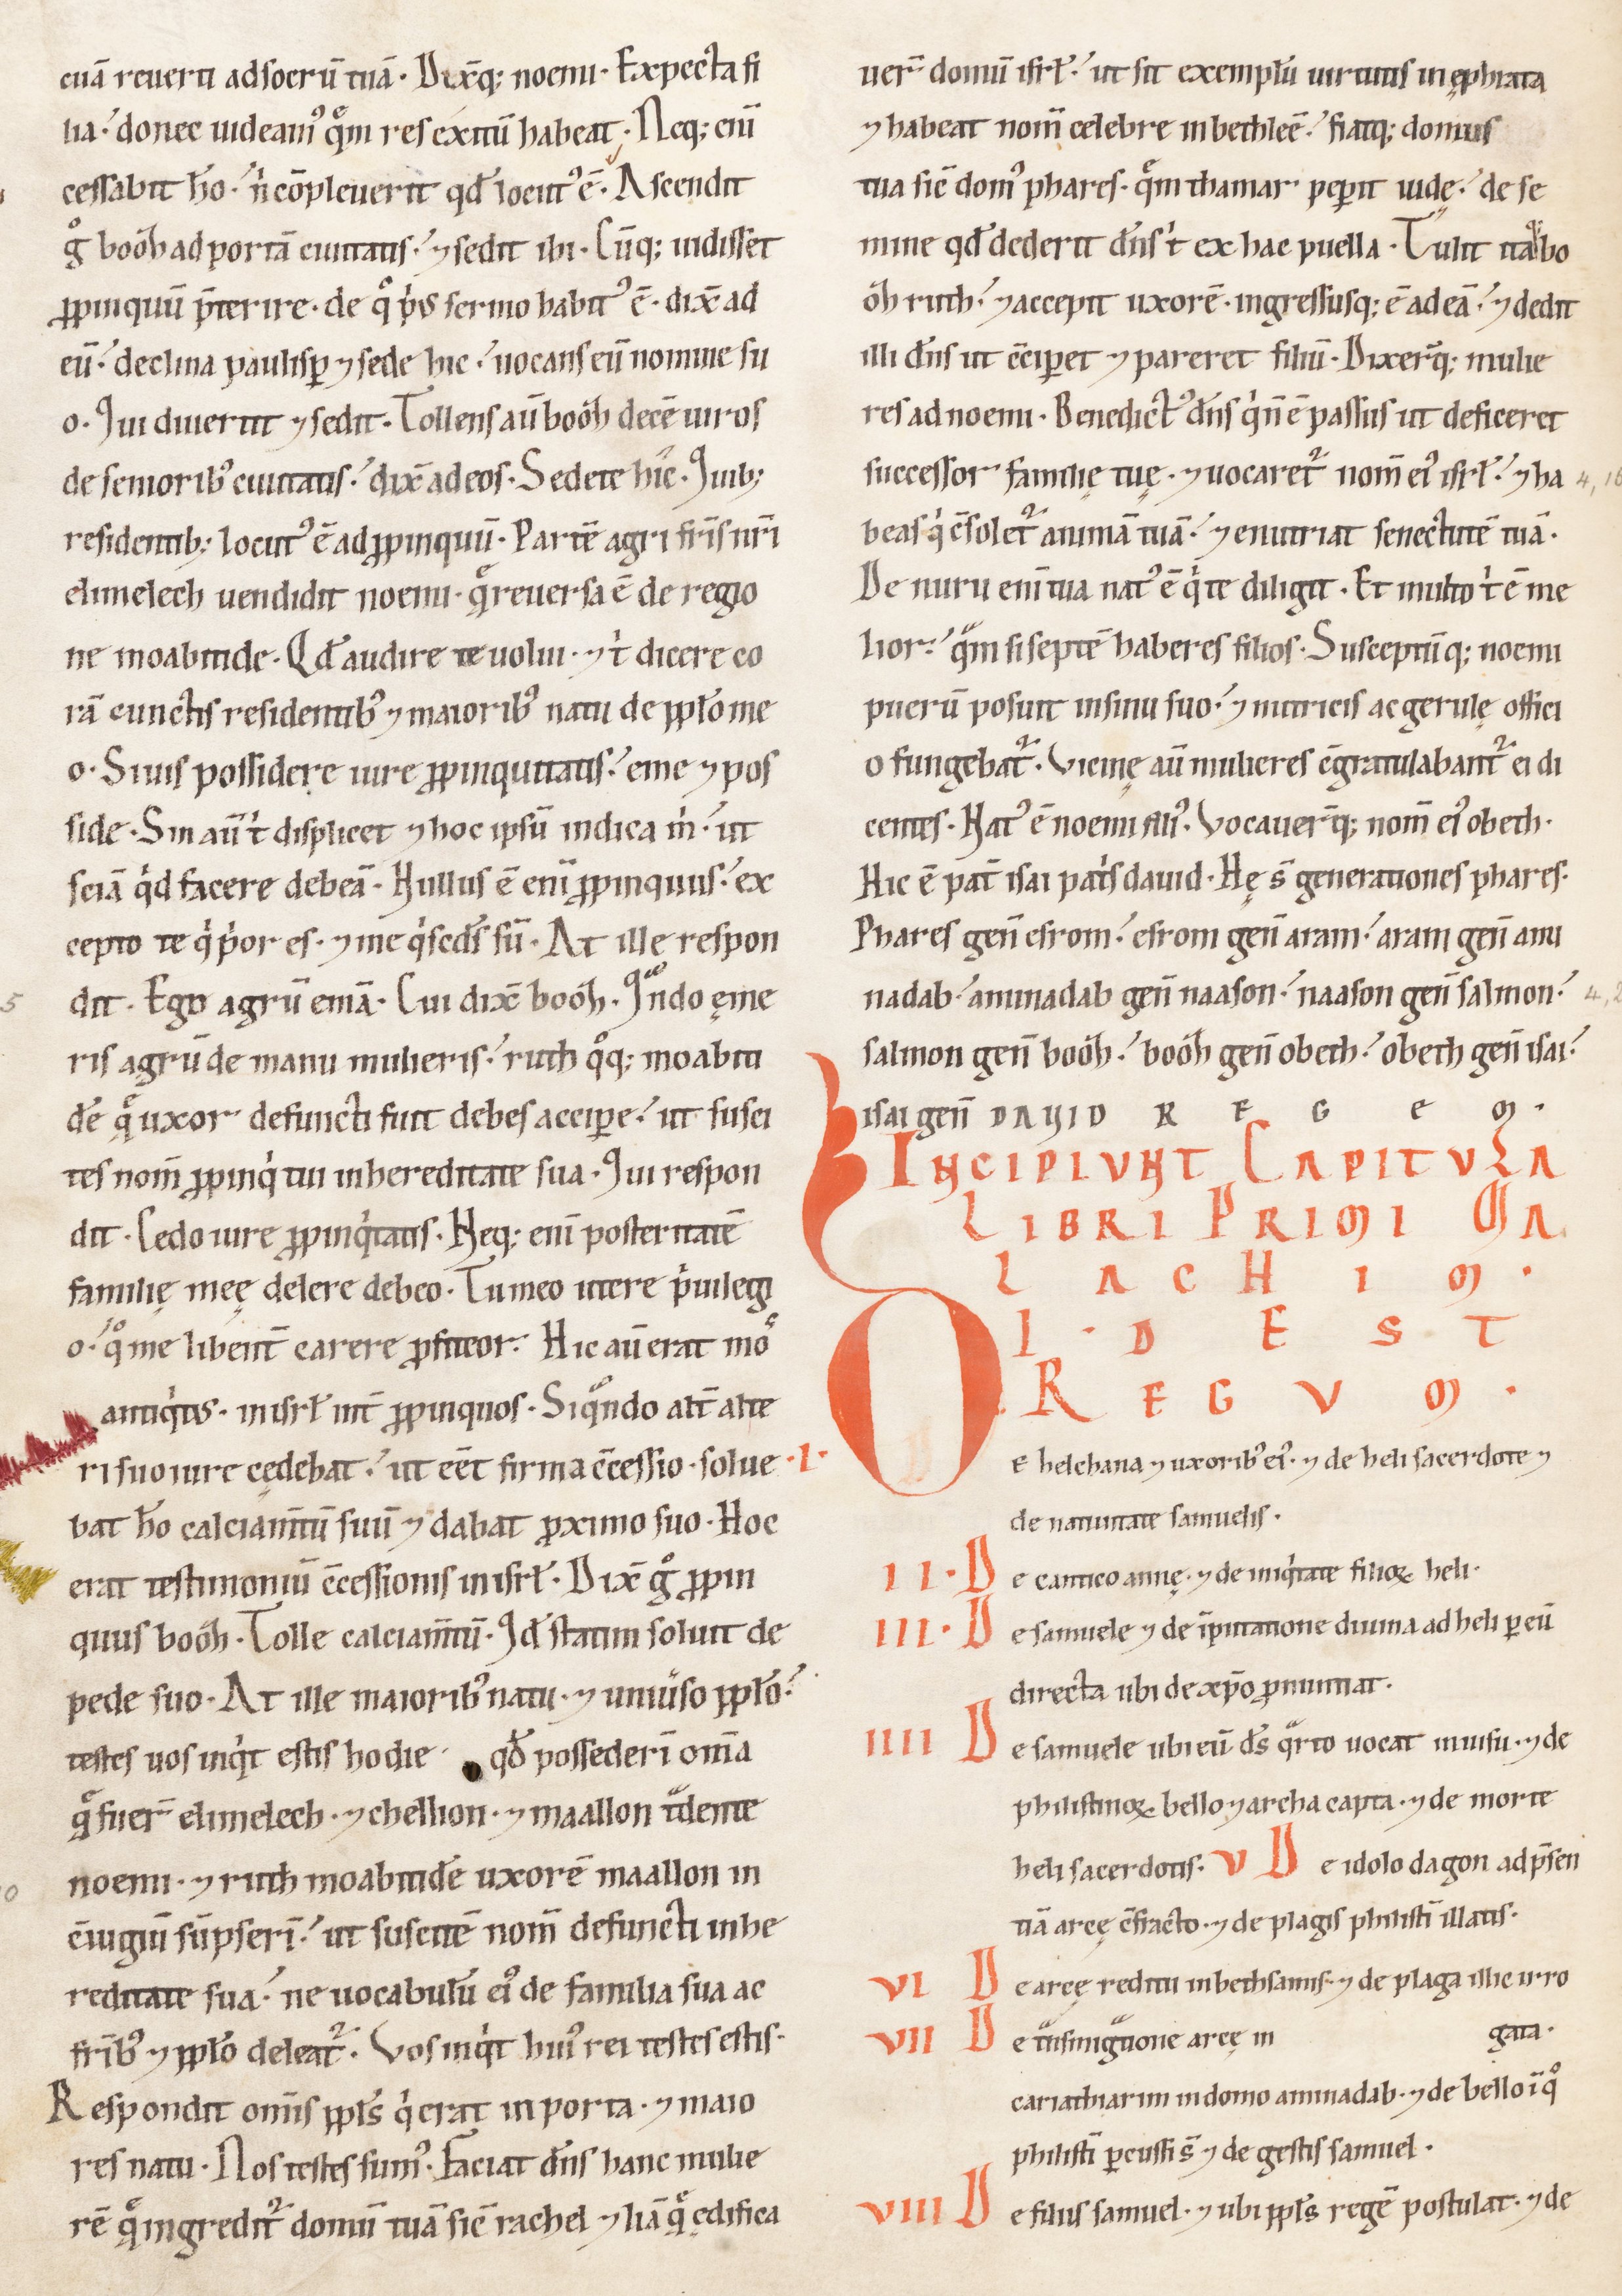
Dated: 1100–1199